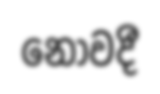
නොවදී